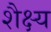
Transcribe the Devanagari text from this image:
शैक्ष्य